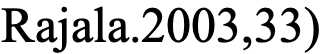
Rajala.2003,33)